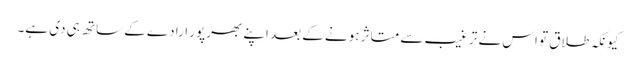
کیونکہ طلاق تو اس نے ترغیب سے متاثر ہونے کے بعد اپنے بھرپور ارادے کے ساتھ ہی دی ہے۔